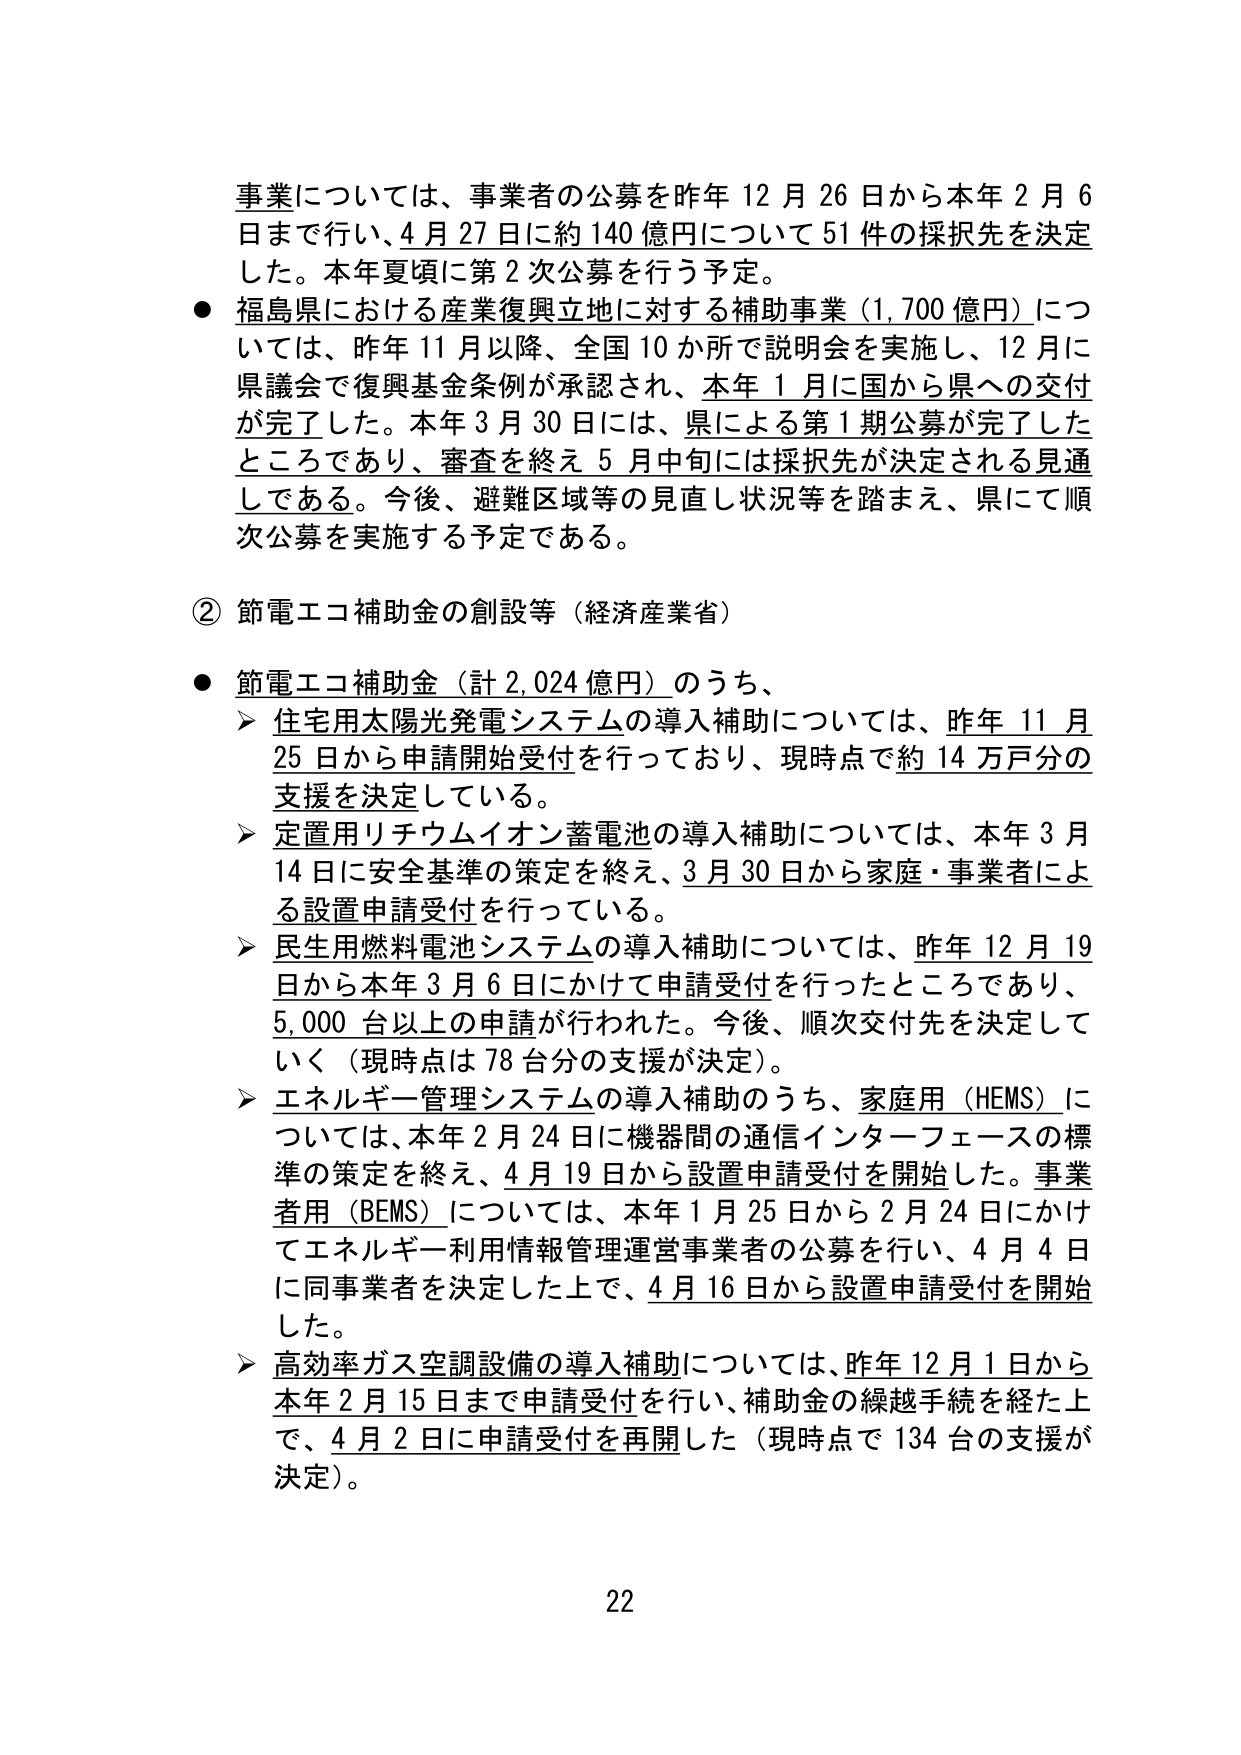
事業については、事業者の公募を昨年12月26日から本年2月6日まで行い、4月27日に約140億円について51件の採択先を決定した。本年夏頃に第2次公募を行う予定。

● 福島県における産業復興立地に対する補助事業（1,700億円）については、昨年11月以降、全国10か所で説明会を実施し、12月に県議会で復興基金条例が承認され、本年1月に国から県への交付が完了した。本年3月30日には、県による第1期公募が完了したところであり、審査を終え5月中旬には採択先が決定される見通しである。今後、避難区域等の見直し状況等を踏まえ、県にて順次公募を実施する予定である。

② 節電エコ補助金の創設等（経済産業省）

● 節電エコ補助金（計2,024億円）のうち、
　➤ 住宅用太陽光発電システムの導入補助については、昨年11月25日から申請開始受付を行っており、現時点で約14万戸分の支援を決定している。
　➤ 定置用リチウムイオン蓄電池の導入補助については、本年3月14日に安全基準の策定を終え、3月30日から家庭・事業者による設置申請受付を行っている。
　➤ 民生用燃料電池システムの導入補助については、昨年12月19日から本年3月6日にかけて申請受付を行ったところであり、5,000台以上の申請が行われた。今後、順次交付先を決定していく（現時点は78台分の支援が決定）。
　➤ エネルギー管理システムの導入補助のうち、家庭用（HEMS）については、本年2月24日に機器間の通信インターフェースの標準の策定を終え、4月19日から設置申請受付を開始した。事業者用（BEMS）については、本年1月25日から2月24日にかけてエネルギー利用情報管理運営事業者の公募を行い、4月4日に同事業者を決定した上で、4月16日から設置申請受付を開始した。
　➤ 高効率ガス空調設備の導入補助については、昨年12月1日から本年2月15日まで申請受付を行い、補助金の繰越手続を経た上で、4月2日に申請受付を再開した（現時点で134台の支援が決定）。

22